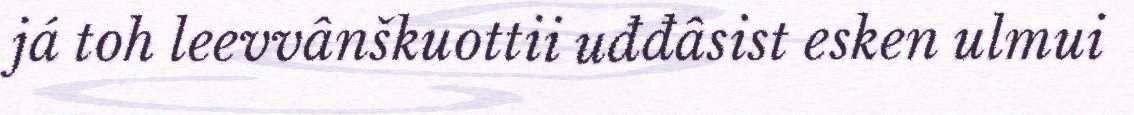
já toh leevvânškuottii uđđâsist esken ulmui